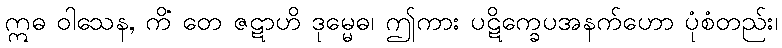
ဣဓ ဝါသေန, ကိံ တေ ဇဋာဟိ ဒုမ္မေဓ၊ ဤကား ပဋိက္ခေပအနက်ဟော ပုံစံတည်း၊